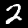
Label: 2